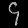
Digit: ၄